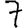
Digit: 7